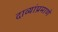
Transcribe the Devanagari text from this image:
दाव्यांप्रमाणे